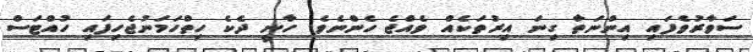
ސަވާރުވެފައި އިންނަތާ ގިނަ އިރުތަކެއް ވެއްޖެ ހެންނެވެ. ހާނީ ދެކެ ހިތްހަމަނުޖެހިފައި ހުއްޓަސް